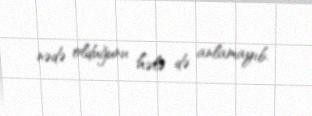
nədə olduğunu hələ də anlamayıb.